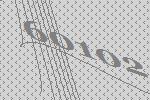
60102